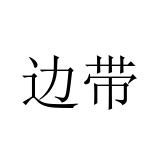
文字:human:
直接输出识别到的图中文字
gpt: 边带